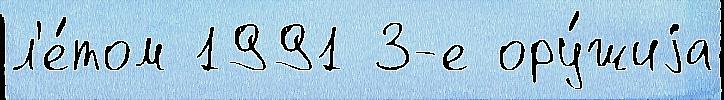
л'е́том 1991 3-е ору́жиjа